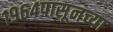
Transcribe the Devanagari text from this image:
१९६४पासूनच्या